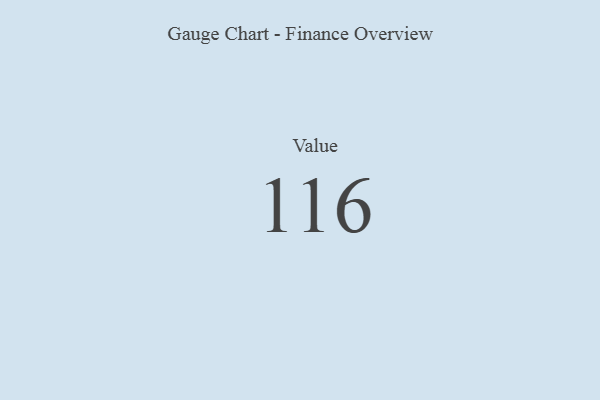
{"axis": {"x": "Metric", "y": "Value"}, "legend": [""], "data": [{"x": "Value", "y": 116, "type": ""}]}